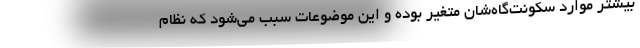
بیشتر موارد سکونت‌گاه‌شان متغیر بوده و این موضوعات سبب می‌شود که نظام